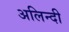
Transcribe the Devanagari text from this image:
अलिन्दी